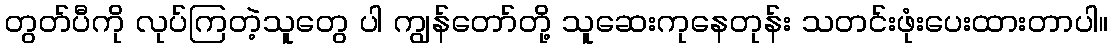
တွတ်ပီကို လုပ်ကြတဲ့သူတွေ ပါ ကျွန်တော်တို့ သူဆေးကုနေတုန်း သတင်းဖုံးပေးထားတာပါ။